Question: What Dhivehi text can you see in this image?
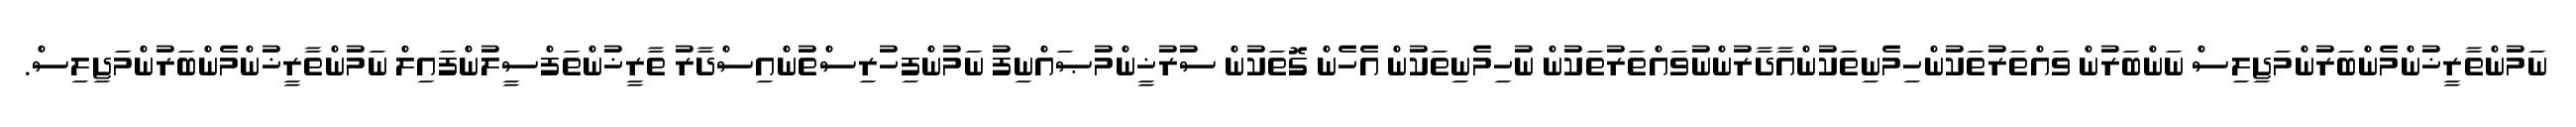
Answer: ނަމުންތާރީޚުންމެންބަރުންމަޖިލިސް ނަންބަރުން ވައްތަރުތަކުންހިމެނިތަކުންއާދާރުންނުވައްތަރުތަކުން ނުހިމެނިތަކުން އެހެން ގޮތަކުން ސުރުޚީންމުޞައްނިފު ނަމުންފިހުރިސްތުންއިސްދާރު ތާރީޚުންތަފްސީލުންފައިލް ނަމުންތާރީޚުންމެންބަރުންމަޖިލިސް.